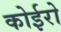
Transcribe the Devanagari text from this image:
कोईरो